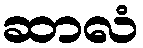
ဆာလံ